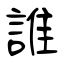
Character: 誰